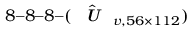
8 – 8 – 8 – ( \hat { \textit { \textbf { U } } } _ { v , 5 6 \times 1 1 2 } )